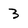
Character: 3